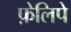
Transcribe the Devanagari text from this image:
फ़ेलिपे